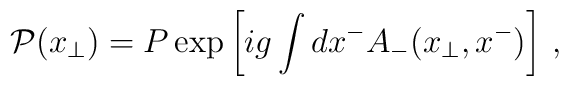
{\cal P}({x}_\bot)=  P \exp\left[ ig\int dx^-A_-(x_{\bot},x^-) \right] \, ,